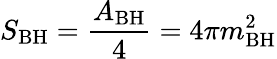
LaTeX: S_{\mathrm{BH}}={\frac{A_{\mathrm{BH}}}{4}}=4\pi m_{\mathrm{BH}}^{2}